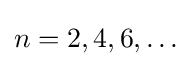
n=2,4,6,\ldots